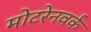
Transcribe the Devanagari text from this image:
मोटरेनवर्क